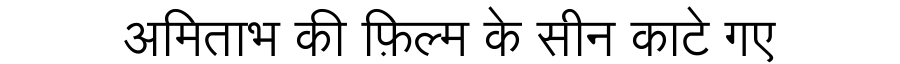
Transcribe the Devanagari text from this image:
अमिताभ की फ़िल्म के सीन काटे गए